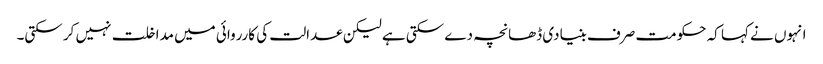
انہوں نے کہا کہ حکومت صرف بنیادی ڈھانچہ دے سکتی ہے لیکن عدالت کی کارروائی میں مداخلت نہیں کر سکتی۔